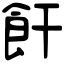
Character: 飦